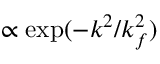
\propto \exp ( - k ^ { 2 } / k _ { f } ^ { 2 } )